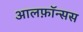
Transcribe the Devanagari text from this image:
आलफ़ॉन्सस